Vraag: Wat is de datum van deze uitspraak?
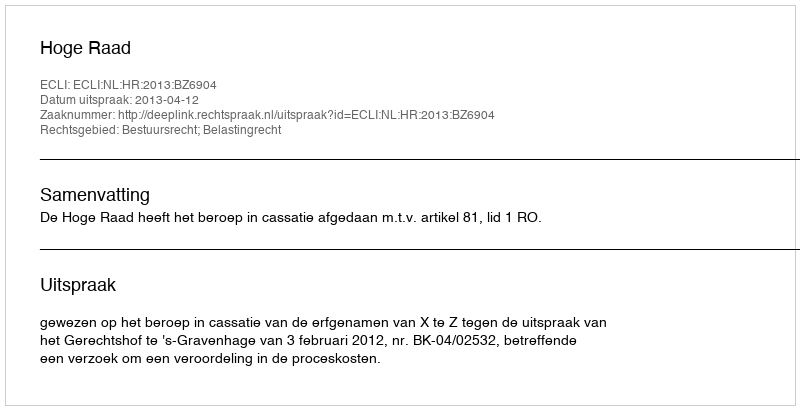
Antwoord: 2013-04-12